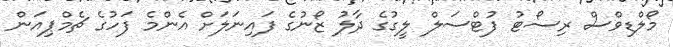
މޯލްޑިވްސް ރިސޯޓު ފުޓްސަލް ލީގުގެ ދާލު ޒޯނުގެ ފައިނަލަށް އެންމެ ފަހުގެ ޗެމްޕިއަން